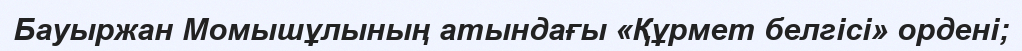
Бауыржан Момышұлының атындағы «Құрмет белгісі» ордені;